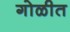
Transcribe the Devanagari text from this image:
गोळीत